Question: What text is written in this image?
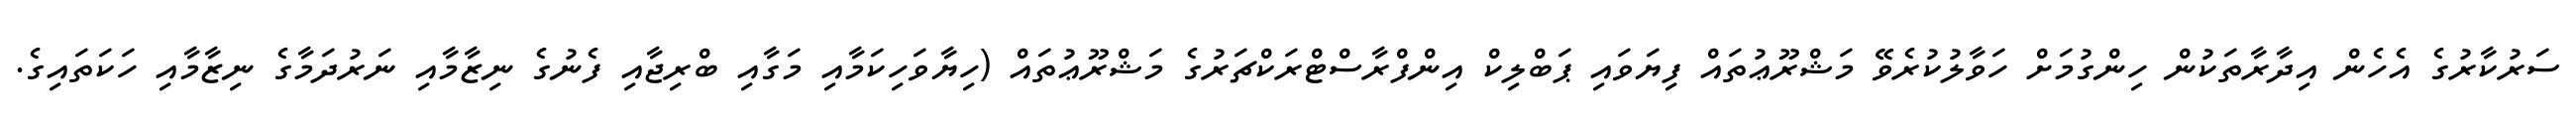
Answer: ސަރުކާރުގެ އެހެން އިދާރާތަކުން ހިންގުމަށް ހަވާލުކުރެވޭ މަޝްރޫޢުތައް ފިޔަވައި ޕަބްލިކް އިންފްރާސްޓްރަކްޗަރުގެ މަޝްރޫޢުތައް (ހިޔާވަހިކަމާއި މަގާއި ބްރިޖާއި ފެނުގެ ނިޒާމާއި ނަރުދަމާގެ ނިޒާމާއި ހަކަތައިގެ.